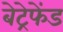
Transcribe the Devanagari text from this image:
बेट्रेफेंड